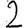
Digit: 2